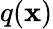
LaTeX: q(\mathbf{x})